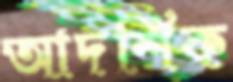
আদর্শিক